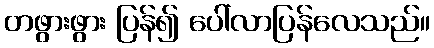
တဖွားဖွား ပြန်၍ ပေါ်လာပြန်လေသည်။